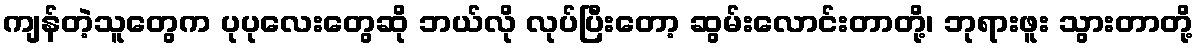
ကျန်တဲ့သူတွေက ပုပုလေးတွေဆို ဘယ်လို လုပ်ပြီးတော့ ဆွမ်းလောင်းတာတို့၊ ဘုရားဖူး သွားတာတို့